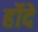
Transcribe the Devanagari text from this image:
र्होदे